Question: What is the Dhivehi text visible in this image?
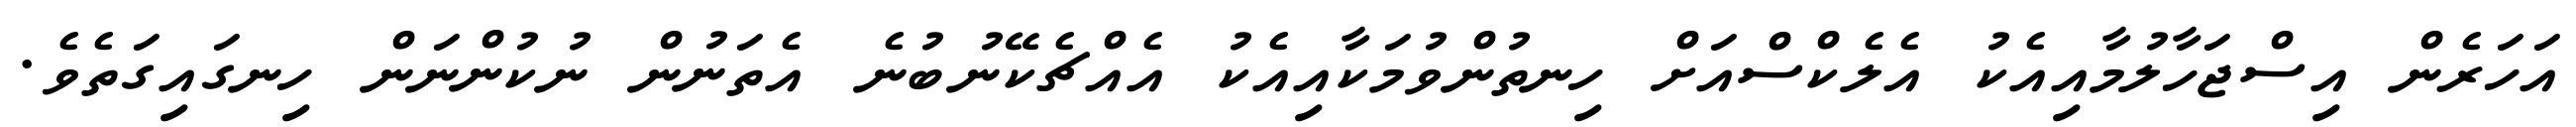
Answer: އަހަރެން އިސްޖަހާލުމާއިއެކު އެލެކްސްއަށް ހިނތުންވުމަކާއިއެކު އެއްޗެކޭނުބުނެ އެތަނުން ނުކުންނަން ހިނގައިގަތެވެ.